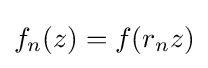
f_{n}(z)=f(r_{n}z)